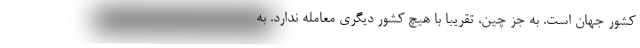
کشور جهان است. به جز چین، تقریبا با هیچ کشور دیگری معامله ندارد. به